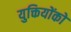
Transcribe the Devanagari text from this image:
युक्तियोंको